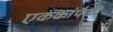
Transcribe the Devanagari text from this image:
एककांपैकी